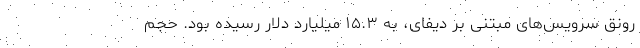
رونق سرویس‌های مبتنی بر دیفای، به ۱۵.۳ میلیارد دلار رسیده بود. حجم